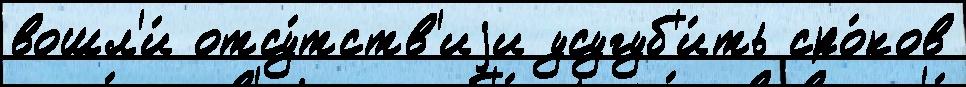
вошл'и́ отсу́тств'иjи усугуб'и́ть сро́ков